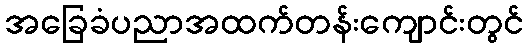
အခြေခံပညာအထက်တန်းကျောင်းတွင်